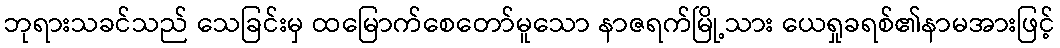
ဘုရားသခင်သည် သေခြင်းမှ ထမြောက်စေတော်မူသော နာဇရက်မြို့သား ယေရှုခရစ်၏နာမအားဖြင့်